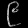
Digit: ၉